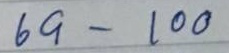
69 - 100